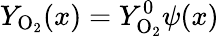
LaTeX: Y_{\mathrm{O}_{2}}(x)=Y_{\mathrm{O}_{2}}^{0}\psi(x)